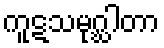
ကူဋသမုဂ္ဃါတာ